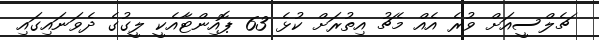
ޗެލްސީއަށް ވުރެ އެއް މެޗު އިތުރަށް ކުޅެ 63 ޕޮއިންޓާއެކީ ލީގުގެ ދެވަނައިގައި